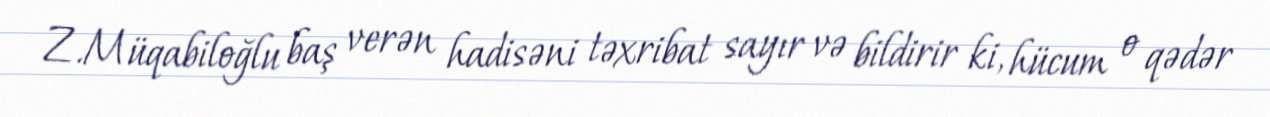
Z.Müqabiloğlu baş verən hadisəni təxribat sayır və bildirir ki, hücum o qədər